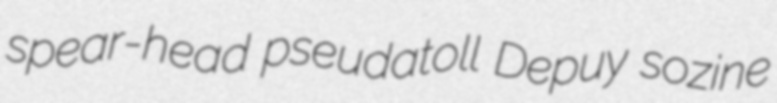
spear-head pseudatoll Depuy sozine